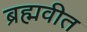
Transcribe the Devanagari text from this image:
ब्रह्मवीत